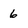
Character: 6